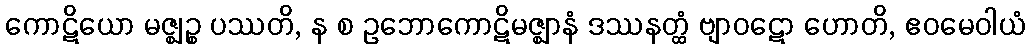
ကောဋိယော မဇ္ဈဉ္စ ပဿတိ, န စ ဥဘောကောဋိမဇ္ဈာနံ ဒဿနတ္ထံ ဗျာဝဋော ဟောတိ, ဧဝမေဝါယံ